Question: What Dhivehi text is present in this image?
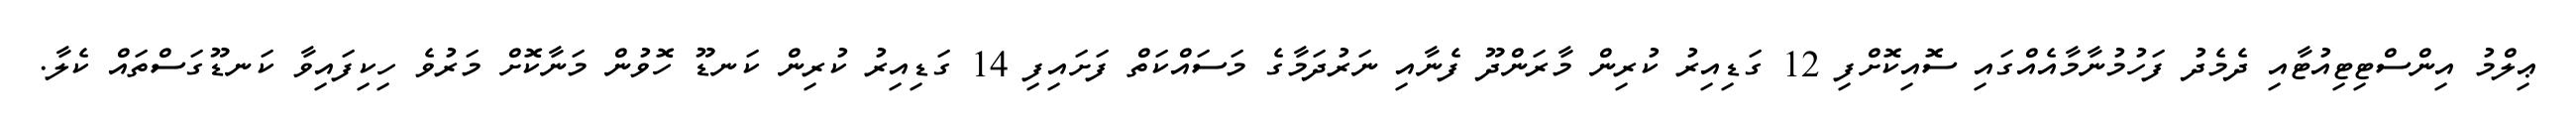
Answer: ޢިލްމު އިންސްޓިޓިއުޓާއި ދެމެދު ފަހުމުނާމާއެއްގައި ސޮއިކޮށްފި 12 ގަޑިއިރު ކުރިން މާރަންދޫ ފެނާއި ނަރުދަމާގެ މަސައްކަތް ފަށައިފި 14 ގަޑިއިރު ކުރިން ކަނޑޫ ހޮވުން މަނާކޮށް މަރުވެ ހިކިފައިވާ ކަނޑޫގަސްތައް ކެލާ.